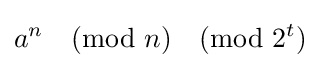
a^{n}{\pmod {n}}{\pmod {2^{t}}}